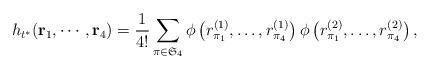
LaTeX: \begin{align*}h_{t^*}({\bf r}_1, \cdots, {\bf r}_4) = \frac{1}{4!} \sum_{\pi \in \mathfrak{S}_4} \phi\left(r^{(1)}_{\pi_1}, \dots, r^{(1)}_{\pi_4}\right)\phi\left(r^{(2)}_{\pi_1}, \dots, r^{(2)}_{\pi_4}\right),\end{align*}